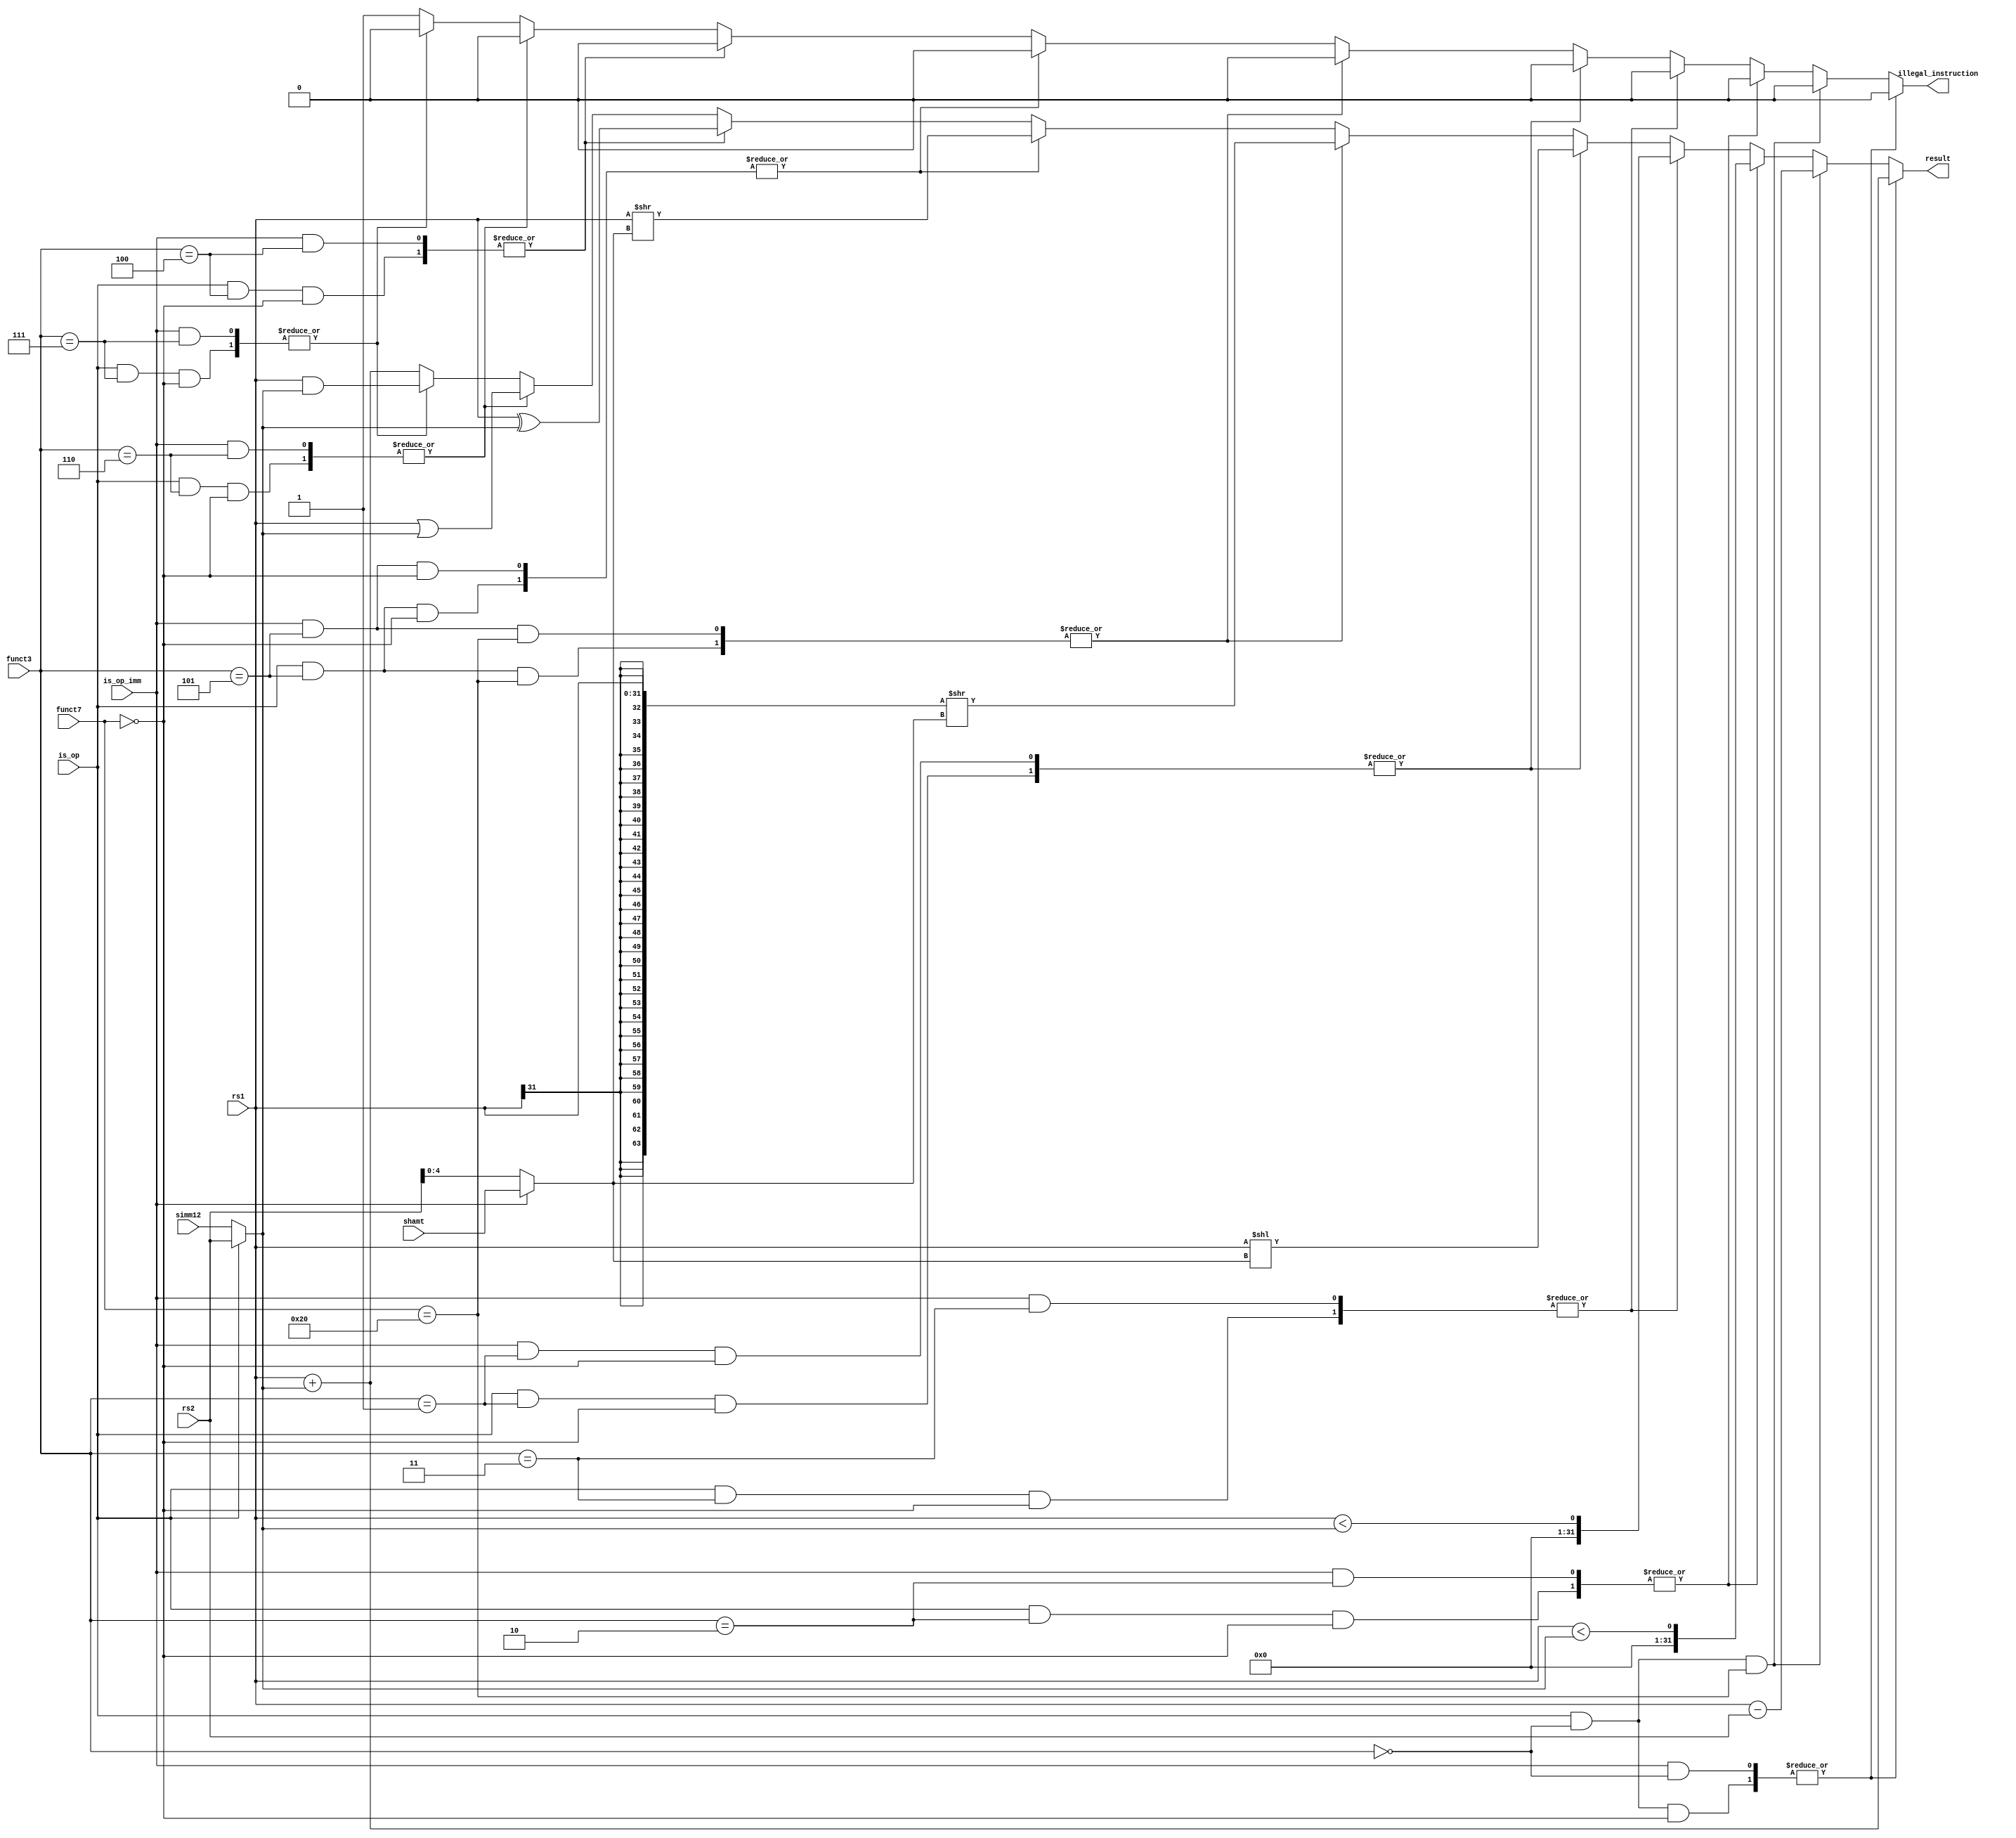
module armleocpu_alu(
    input               is_op,
    input               is_op_imm,

    input      [4:0]    shamt,
    input      [6:0]    funct7,
    input      [2:0]    funct3,
    
    input      [31:0]   rs1,
    input      [31:0]   rs2,
    input      [31:0]   simm12,


    
    output reg [31:0]   result,
    output reg          illegal_instruction
);


wire is_addi        = is_op_imm && (funct3 == 3'b000);
wire is_slti        = is_op_imm && (funct3 == 3'b010);
wire is_sltiu       = is_op_imm && (funct3 == 3'b011);
wire is_xori        = is_op_imm && (funct3 == 3'b100);
wire is_ori         = is_op_imm && (funct3 == 3'b110);
wire is_andi        = is_op_imm && (funct3 == 3'b111);

wire is_slli        = is_op_imm && (funct3 == 3'b001) && (funct7 == 7'b0000_000);
wire is_srli        = is_op_imm && (funct3 == 3'b101) && (funct7 == 7'b0000_000);
wire is_srai        = is_op_imm && (funct3 == 3'b101) && (funct7 == 7'b0100_000);

wire is_add         = is_op     && (funct3 == 3'b000) && (funct7 == 7'b0000_000);
wire is_sub         = is_op     && (funct3 == 3'b000) && (funct7 == 7'b0100_000);
wire is_slt         = is_op     && (funct3 == 3'b010) && (funct7 == 7'b0000_000);
wire is_sltu        = is_op     && (funct3 == 3'b011) && (funct7 == 7'b0000_000);
wire is_xor         = is_op     && (funct3 == 3'b100) && (funct7 == 7'b0000_000);
wire is_or          = is_op     && (funct3 == 3'b110) && (funct7 == 7'b0000_000);
wire is_and         = is_op     && (funct3 == 3'b111) && (funct7 == 7'b0000_000);

wire is_sll         = is_op     && (funct3 == 3'b001) && (funct7 == 7'b0000_000);
wire is_srl         = is_op     && (funct3 == 3'b101) && (funct7 == 7'b0000_000);
wire is_sra         = is_op     && (funct3 == 3'b101) && (funct7 == 7'b0100_000);


wire [31:0] internal_op2     = is_op ? rs2 : simm12;
/* verilator lint_off WIDTH */
wire [4:0] internal_shamt   = is_op_imm ? shamt : rs2[4:0];
/* verilator lint_on WIDTH */

always @* begin
    illegal_instruction = 0;

    case(1)
        is_addi, is_add:        result = rs1 + internal_op2;
        is_sub:                 result = rs1 - rs2;
        /* verilator lint_off WIDTH */
        is_slt, is_slti:        result = ($signed(rs1) < $signed(internal_op2));
        is_sltu, is_sltiu:      result = ($unsigned(rs1) < $unsigned(internal_op2));
        /* verilator lint_on WIDTH */
        is_sll, is_slli:        result = rs1 << internal_shamt;
        /* verilator lint_off WIDTH */
        is_sra, is_srai:        result = {{32{rs1[31]}}, rs1} >> internal_shamt;
        /* verilator lint_on WIDTH */
        is_srl, is_srli:        result = rs1 >> internal_shamt;

        is_xor, is_xori:        result = rs1 ^ internal_op2;
        is_or, is_ori:          result = rs1 | internal_op2;
        is_and, is_andi:        result = rs1 & internal_op2;
        default: begin
            illegal_instruction = 1;
            result = rs1 + internal_op2;
        end
    endcase
end

endmodule